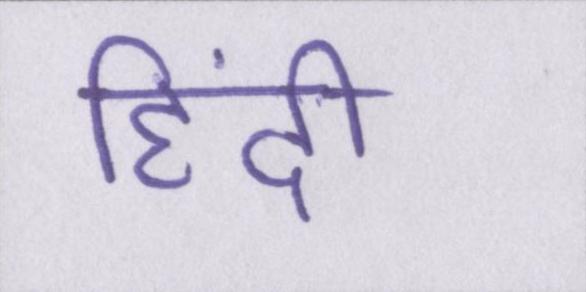
हिंदी